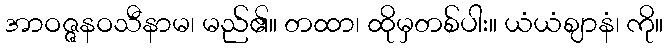
အာဝဇ္ဇနဝသီနာမ၊ မည်၏။ တထာ၊ ထိုမှတစ်ပါး။ ယံယံဈာနံ၊ ကို။